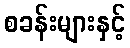
စခန်းများနှင့်